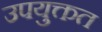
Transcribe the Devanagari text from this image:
उपयुक्तत